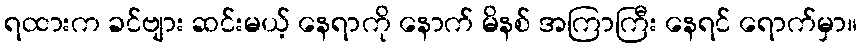
ရထားက ခင်ဗျား ဆင်းမယ့် နေရာကို နောက် မိနစ် အကြာကြီး နေရင် ရောက်မှာ။